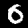
Digit: 0